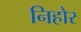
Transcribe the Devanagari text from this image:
निहोर